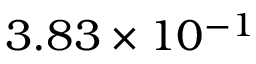
3 . 8 3 \times 1 0 ^ { - 1 }